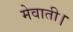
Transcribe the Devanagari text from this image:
मेवाती।